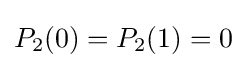
P_{2}(0)=P_{2}(1)=0